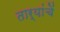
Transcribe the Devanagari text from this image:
तार्यांचें